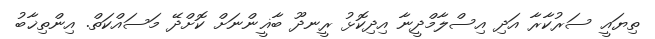
ތިޔައީ ސަރުކާރާ އަދި އިސްލާމްދީނާ އިދިކޮޅު ރީނދޫ ބާޣީންނަށް ކޮށްދޭ މަސައްކަތް. އިންތިޚާބު